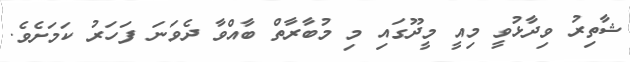
ޝާތިރު ވިދާޅުވީ މިއީ މީދޫގައި މި މުބާރާތް ބާއްވާ ދެވަނަ ފަހަރު ކަމަށެވެ.